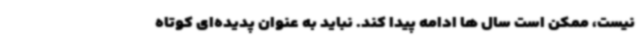
نیست، ممکن است سال ها ادامه پیدا کند. نباید به عنوان پدیده‌ای کوتاه